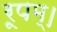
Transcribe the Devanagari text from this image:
रूपम्।